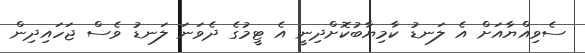
ސެވިއްޔާއަށް އެ ލަނޑު ކާމިޔާބުކޮށްދިނީ އެ ޓީމުގެ ދެވަނަ ލަނޑު ވެސް ޖަހައިދިން